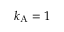
k _ { \mathrm { { A } } } = 1